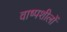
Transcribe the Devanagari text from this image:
वाष्पशीलों